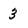
Character: 3